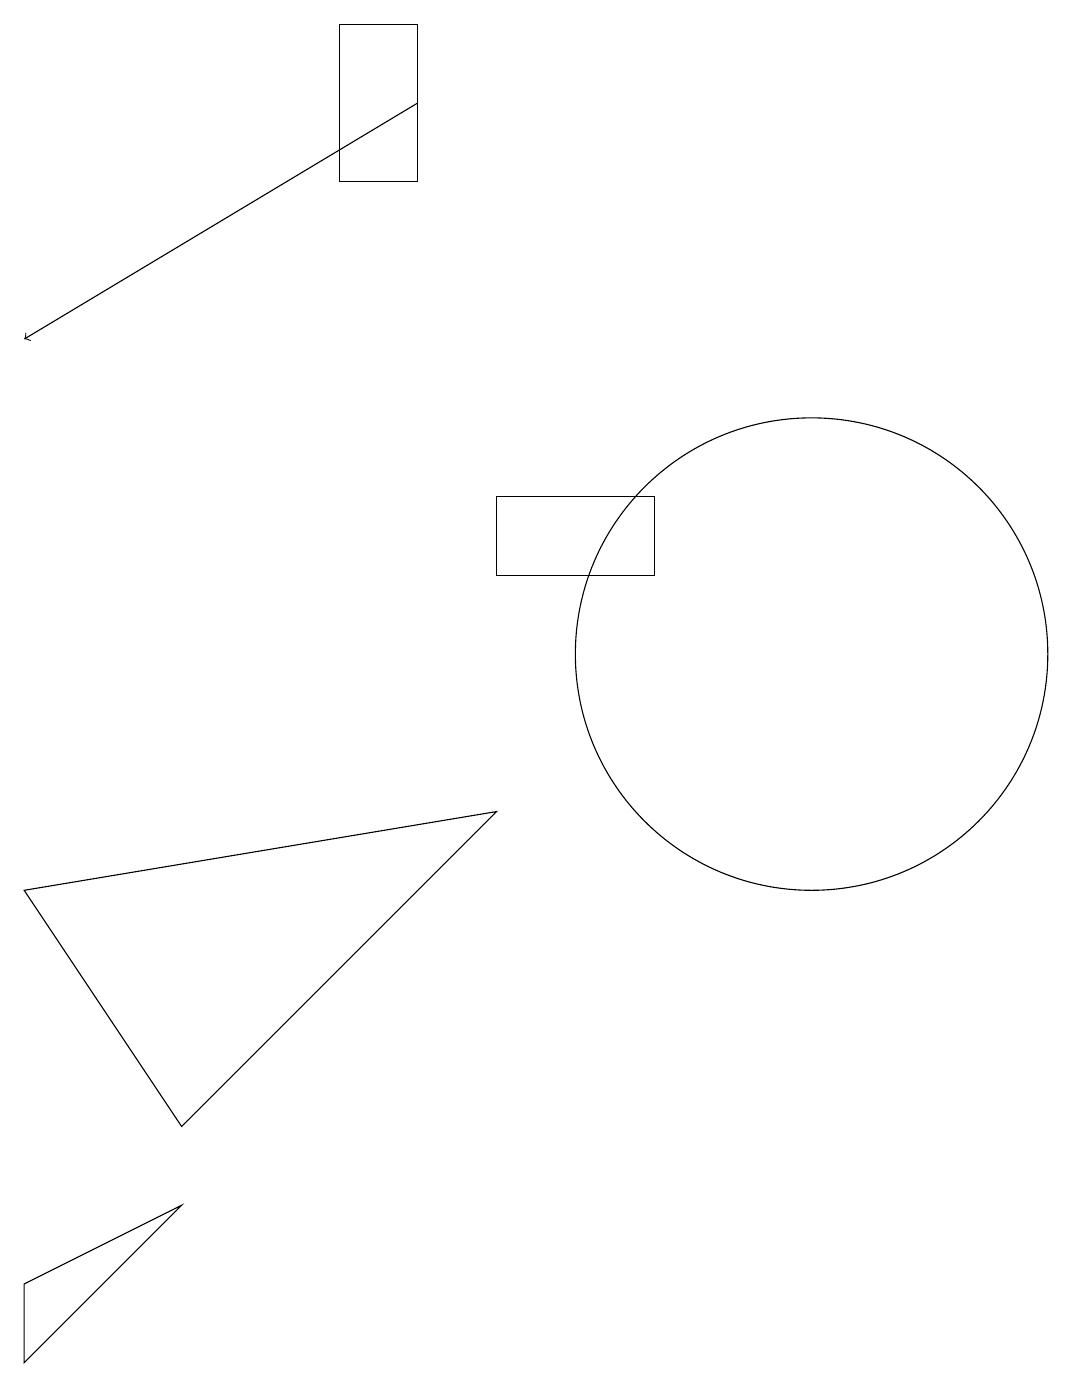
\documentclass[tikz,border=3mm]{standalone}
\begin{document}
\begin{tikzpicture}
\draw (3,5) -- (7,9) -- (1,8) -- cycle;
\draw (7,13) rectangle (9,12);
\draw[->] (6,18) -- (1,15);
\draw (3,4) -- (1,2) -- (1,3) -- cycle;
\draw (11,11) circle (3);
\draw (5,17) rectangle (6,19);
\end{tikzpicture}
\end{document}